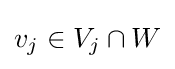
{\textstyle v_{j}\in V_{j}\cap W}